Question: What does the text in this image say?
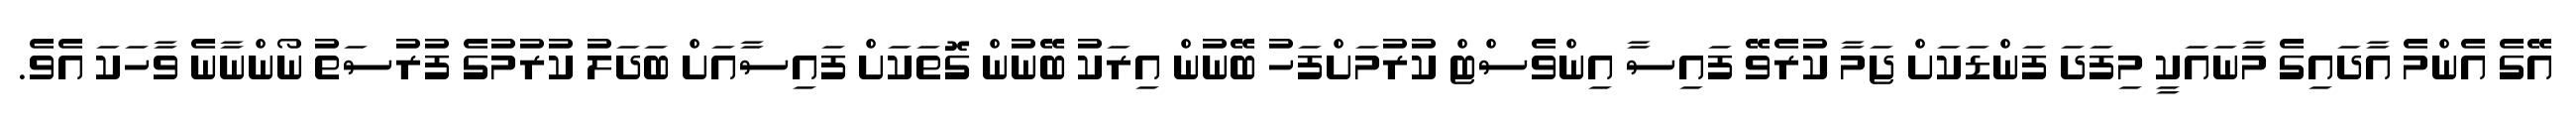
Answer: އޭގެ އެންމެ އާދައިގެ މާނައަކީ މިފަދަ ފަންޑަކަށް ޖަމާ ކުރެވޭ ފައިސާ އިންވެސްޓް ކުރުމަށްފަހު ބޭނުން އިރަކު ބޭނުން ގޮތަކަށް ފައިސާއަށް ބަދަލު ކުރުމުގެ ފުރުސަތު ނޯންނާނެ ވާހަކަ އެވެ.